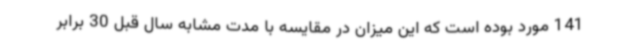
141 مورد بوده است که این میزان در مقایسه با مدت مشابه سال قبل 30 برابر